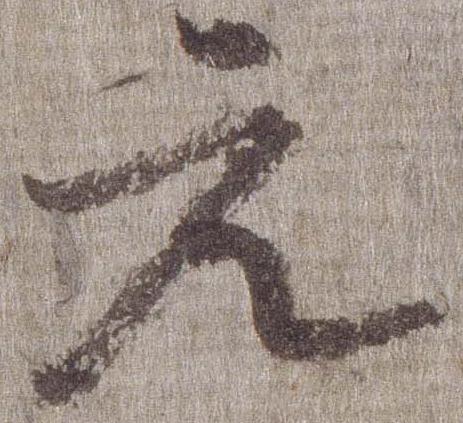
元